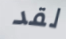
لقد